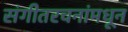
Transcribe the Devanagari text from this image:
संगीतरचनांमधून